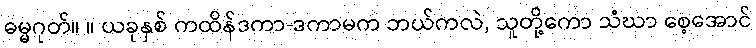
ဓမ္မဂုတ်။ ။ ယခုနှစ် ကထိန်ဒကာ-ဒကာမက ဘယ်ကလဲ, သူတို့ကော သံဃာ စေ့အောင်